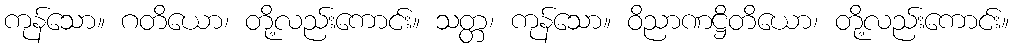
ကုန်သော။ ဂတိယော၊ တို့လည်းကောင်း။ သတ္တ၊ ကုန်သော။ ဝိညာဏဋ္ဌိတိယော၊ တို့လည်းကောင်း။